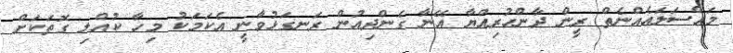
މައްސަލައެއްނެތް ރީން ދާންހުރިއްޔާ އޭނާ ގެންދިއުން ރަނގަޅުވާނީ އެކަމަކު މިހާ ކުއްލި ގޮތަކަށް